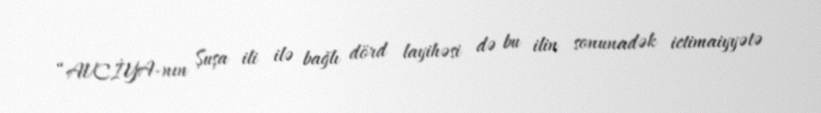
“AVCİYA-nın Şuşa ili ilə bağlı dörd layihəsi də bu ilin sonunadək ictimaiyyətə